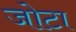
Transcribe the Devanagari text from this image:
जोटा